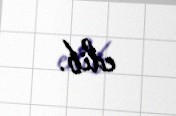
edib.